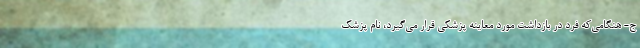
ج- هنگامی‌که فرد در بازداشت مورد معاینه پزشکی قرار می‌گیرد، نام پزشک